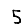
Digit: 5